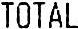
TOTAL